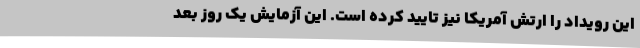
این رویداد را ارتش آمریکا نیز تایید کرده است. این آزمایش یک روز بعد